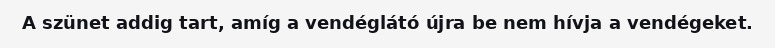
A szünet addig tart, amíg a vendéglátó újra be nem hívja a vendégeket.